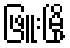
ဖြူးမြို့